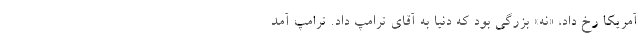
آمریکا رخ داد، «نه» بزرگی بود که دنیا به آقای ترامپ داد. ترامپ آمد